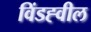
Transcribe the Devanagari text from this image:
विंडह्वील